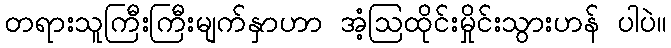
တရားသူကြီးကြီးမျက်နှာဟာ အံ့ဩထိုင်းမှိုင်းသွားဟန် ပါပဲ။